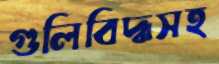
গুলিবিদ্ধসহ